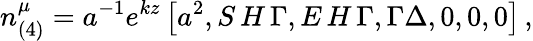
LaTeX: n_{(4)}^{\mu}=a^{-1}e^{kz}\left[a^{2},S\, H\, {\Gamma},E\, H\, {\Gamma},\Gamma\Delta,0,0,0\right]\, ,